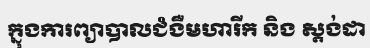
ក្នុងការព្យាបាលជំងឺមហារីក និង ស្តង់ដា